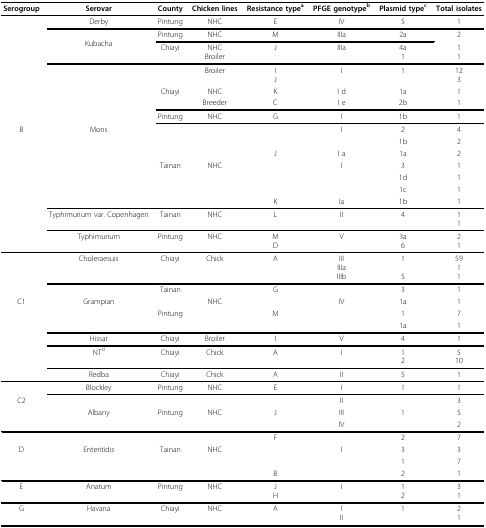
<table><thead><tr><td><b>Serogroup</b></td><td><b>Serovar</b></td><td><b>County</b></td><td><b>Chicken lines</b></td><td><b>Resistance type<sup>a</sup></b></td><td><b>PFGE genotype<sup>b</sup></b></td><td><b>Plasmid type<sup>c</sup></b></td><td><b>Total isolates</b></td></tr></thead><tbody><tr><td></td><td>Derby</td><td>Pintung</td><td>NHC</td><td>E</td><td>IV</td><td>5</td><td>1</td></tr><tr><td></td><td></td><td>Pintung</td><td>NHC</td><td>M</td><td>IIIa</td><td>2a</td><td>2</td></tr><tr><td></td><td>Kubacha</td><td colspan="5"></td><td></td></tr><tr><td></td><td></td><td>Chiayi</td><td>NHCBroiler</td><td>J</td><td>IIIa</td><td>4a1</td><td>11</td></tr><tr><td></td><td></td><td></td><td>Broiler</td><td>IJ</td><td>I</td><td>1</td><td>123</td></tr><tr><td></td><td></td><td>Chiayi</td><td>NHC</td><td>K</td><td>I d</td><td>1a</td><td>1</td></tr><tr><td></td><td></td><td></td><td>Breeder</td><td>C</td><td>I e</td><td>2b</td><td>1</td></tr><tr><td></td><td></td><td>Pintung</td><td>NHC</td><td>G</td><td>I</td><td>1b</td><td>1</td></tr><tr><td>B</td><td>Mons</td><td></td><td></td><td></td><td>I</td><td>2</td><td>4</td></tr><tr><td></td><td></td><td></td><td></td><td></td><td></td><td>1b</td><td>2</td></tr><tr><td></td><td></td><td></td><td></td><td>J</td><td>I a</td><td>1a</td><td>2</td></tr><tr><td></td><td></td><td>Tainan</td><td>NHC</td><td></td><td>I</td><td>3</td><td>1</td></tr><tr><td></td><td></td><td></td><td></td><td></td><td></td><td>1d</td><td>1</td></tr><tr><td></td><td></td><td></td><td></td><td></td><td></td><td>1c</td><td>1</td></tr><tr><td></td><td></td><td></td><td></td><td>K</td><td>Ia</td><td>1b</td><td>1</td></tr><tr><td></td><td>Typhimurium var. Copenhagen</td><td>Tainan</td><td>NHC</td><td>L</td><td>II</td><td>4</td><td>11</td></tr><tr><td></td><td>Typhimurium</td><td>Pintung</td><td>NHC</td><td>MD</td><td>V</td><td>3a6</td><td>21</td></tr><tr><td></td><td>Choleraesuis</td><td>Chiayi</td><td>Chick</td><td>A</td><td>IIIIIIaIIIb</td><td>15</td><td>5911</td></tr><tr><td></td><td></td><td>Tainan</td><td></td><td>G</td><td></td><td>3</td><td>1</td></tr><tr><td>C1</td><td>Grampian</td><td></td><td>NHC</td><td></td><td>IV</td><td>1a</td><td>1</td></tr><tr><td></td><td></td><td>Pintung</td><td></td><td>M</td><td></td><td>1</td><td>7</td></tr><tr><td></td><td></td><td></td><td></td><td></td><td></td><td>1a</td><td>1</td></tr><tr><td></td><td>Hissar</td><td>Chiayi</td><td>Broiler</td><td>I</td><td>V</td><td>4</td><td>1</td></tr><tr><td></td><td>NT<sup>d</sup></td><td>Chiayi</td><td>Chick</td><td>A</td><td>I</td><td>12</td><td>510</td></tr><tr><td></td><td>Redba</td><td>Chiayi</td><td>Chick</td><td>A</td><td>II</td><td>5</td><td>1</td></tr><tr><td></td><td>Blockley</td><td>Pintung</td><td>NHC</td><td>E</td><td>I</td><td>1</td><td>1</td></tr><tr><td>C2</td><td></td><td></td><td></td><td></td><td>II</td><td></td><td>3</td></tr><tr><td></td><td>Albany</td><td>Pintung</td><td>NHC</td><td>J</td><td>III</td><td>1</td><td>5</td></tr><tr><td></td><td></td><td></td><td></td><td></td><td>IV</td><td></td><td>2</td></tr><tr><td></td><td></td><td></td><td></td><td>F</td><td></td><td>2</td><td>7</td></tr><tr><td>D</td><td>Enteritidis</td><td>Tainan</td><td>NHC</td><td></td><td>I</td><td>3</td><td>3</td></tr><tr><td></td><td></td><td></td><td></td><td></td><td></td><td>1</td><td>7</td></tr><tr><td></td><td></td><td></td><td></td><td>B</td><td></td><td>2</td><td>1</td></tr><tr><td>E</td><td>Anatum</td><td>Pintung</td><td>NHC</td><td>JH</td><td>I</td><td>12</td><td>31</td></tr><tr><td>G</td><td>Havana</td><td>Chiayi</td><td>NHC</td><td>A</td><td>III</td><td>1</td><td>21</td></tr></tbody></table>